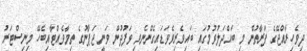
ދިވެހިރާއްޖޭގެ ފަރާތުން މި ބައްދަލުވުމުގައި ބައިވެރިވެވަޑައިގެންނެވި ވަފުދުން ވަނީ ޖަޕާނުގެ ތިމާވެއްޓާއިބެހޭ މިނިސްޓަރު